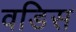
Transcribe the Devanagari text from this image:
वडिस